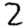
Digit: 2